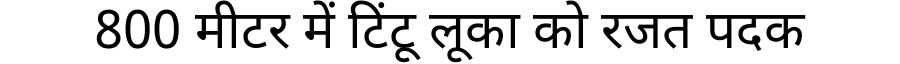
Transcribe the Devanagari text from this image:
800 मीटर में टिंटू लूका को रजत पदक